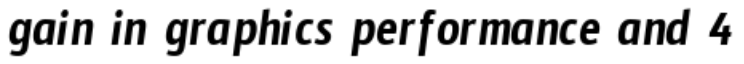
gain in graphics performance and 4